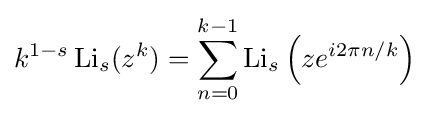
k^{1-s}\operatorname {Li} _{s}(z^{k})=\sum _{n=0}^{k-1}\operatorname {Li} _{s}\left(ze^{i2\pi n/k}\right)